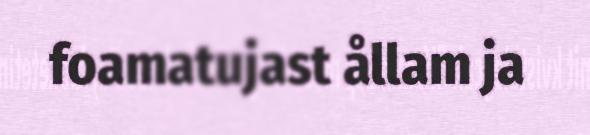
foamatujast ållam ja